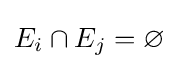
E_{i}\cap E_{j}=\varnothing